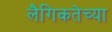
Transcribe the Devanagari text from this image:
लैगिकतेच्या